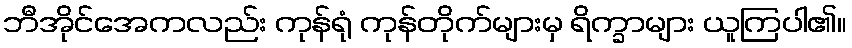
ဘီအိုင်အေကလည်း ကုန်ရုံ ကုန်တိုက်များမှ ရိက္ခာများ ယူကြပါ၏။